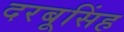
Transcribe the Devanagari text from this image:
दरबूसिंह